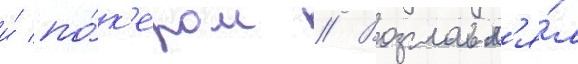
и́ по́к'ером // Возглавл'я́л